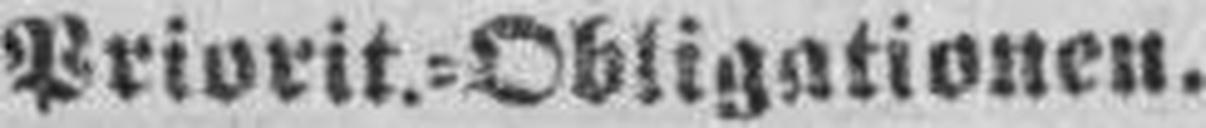
Privrit.=Obligationen.